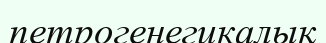
петрогенегикалық